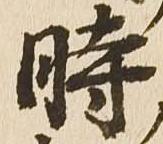
時